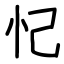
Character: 忋